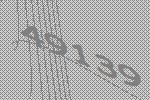
49139